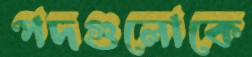
পদগুলোকে